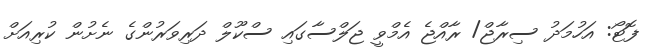
ފޮޓޯ: އަހުމަދު ސިރާޖް/ ރާއްޖެ އެމްވީ ޖަލްސާގައި ސްކޫލް ދަރިވަރުންގެ ނެށުން ކުރިއަށް